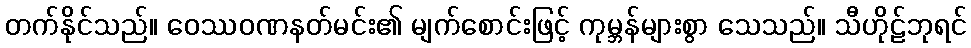
တက်နိုင်သည်။ ဝေဿဝဏနတ်မင်း၏ မျက်စောင်းဖြင့် ကုမ္ဘန်များစွာ သေသည်။ သီဟိုဠ်ဘုရင်